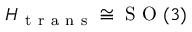
H _ { \mathrm { ~ t ~ r ~ a ~ n ~ s ~ } } \cong \mathrm { ~ S ~ O ~ } ( 3 )